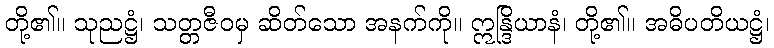
တို့၏။ သုညဋ္ဌံ၊ သတ္တဇီဝမှ ဆိတ်သော အနက်ကို။ ဣန္ဒြိယာနံ၊ တို့၏။ အဓိပတိယဋ္ဌံ၊